Cholera in India, 1862 to 1881
Year: 1862
Disease focus: Cholera
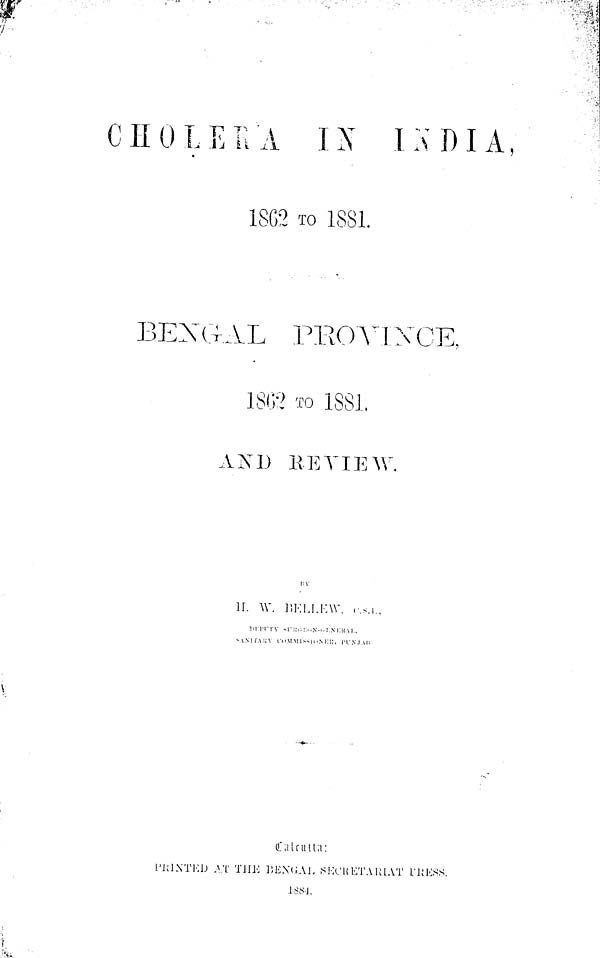
By
H. W. BELLEW, C.S.I.,
BEAUTY
SU\ill\
SANITARY
COMMISSIONER,
\ill\
Calcutta:
PRINTED AT THE BENGAL SECRETARIAT PRESS.
1884.